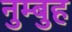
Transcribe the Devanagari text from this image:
नुम्बुह